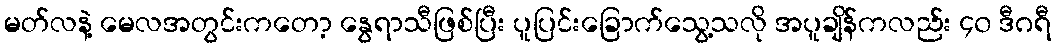
မတ်လနဲ့ မေလအတွင်းကတော့ နွေရာသီဖြစ်ပြီး ပူပြင်းခြောက်သွေ့သလို အပူချိန်ကလည်း ၄၀ ဒီဂရီ